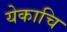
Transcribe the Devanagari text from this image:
येकाचि